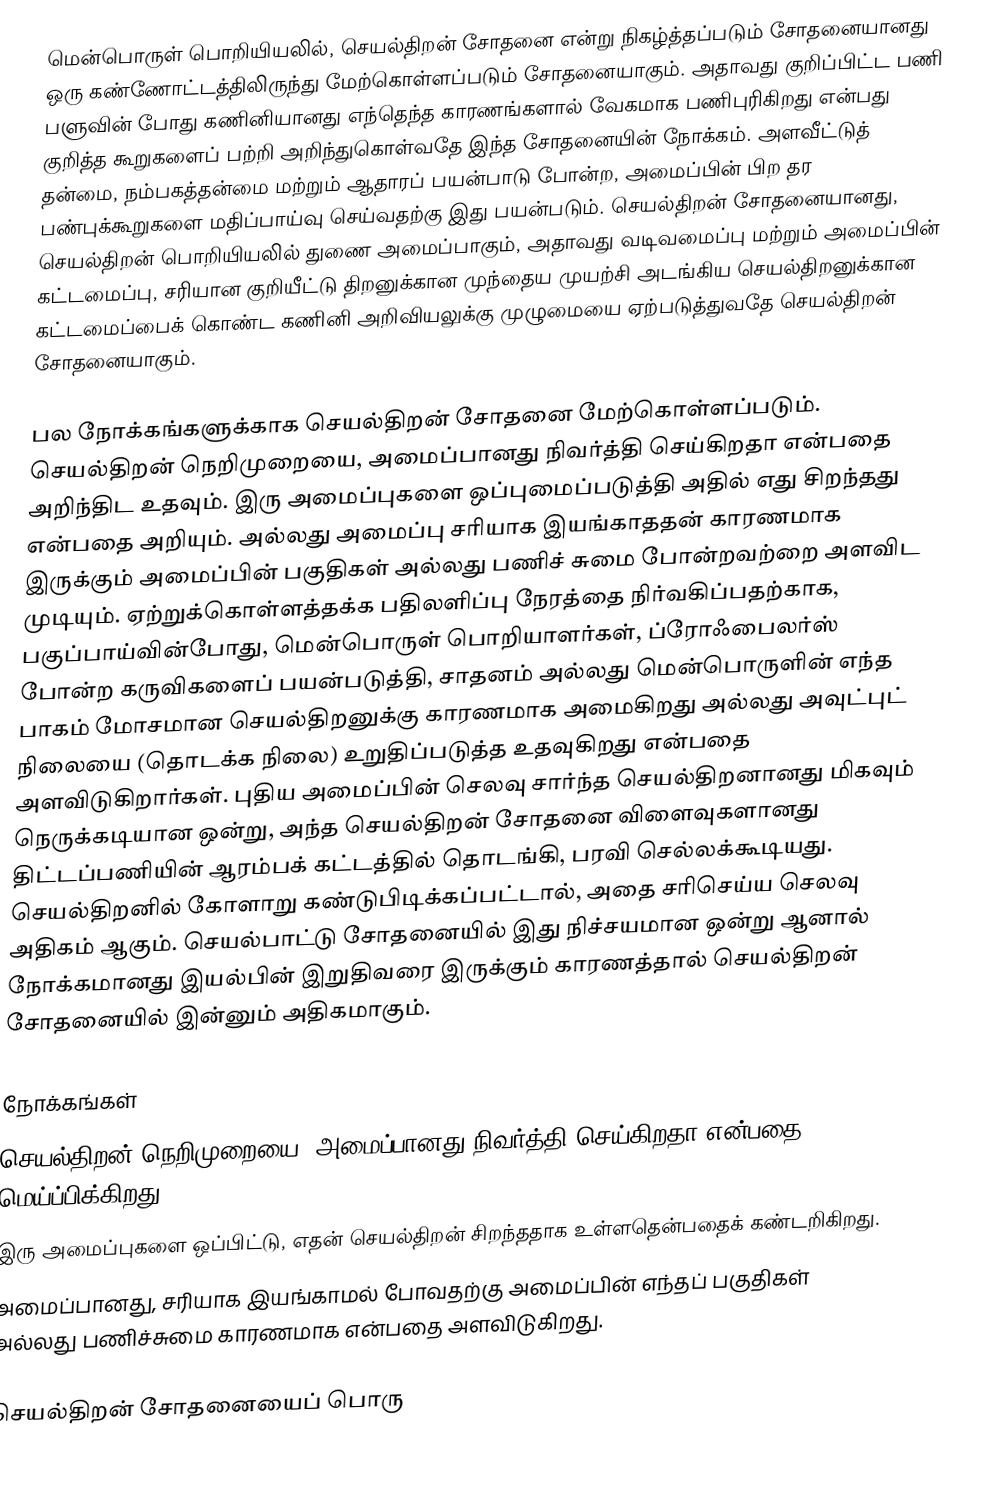
மென்பொருள் பொறியியலில், செயல்திறன் சோதனை  என்று நிகழ்த்தப்படும் சோதனையானது ஒரு கண்ணோட்டத்திலிருந்து மேற்கொள்ளப்படும் சோதனையாகும். அதாவது குறிப்பிட்ட பணி பளுவின் போது கணினியானது எந்தெந்த காரணங்களால் வேகமாக பணிபுரிகிறது என்பது குறித்த கூறுகளைப் பற்றி அறிந்துகொள்வதே இந்த சோதனையின் நோக்கம். அளவீட்டுத் தன்மை, நம்பகத்தன்மை மற்றும் ஆதாரப் பயன்பாடு போன்ற, அமைப்பின் பிற தர பண்புக்கூறுகளை மதிப்பாய்வு செய்வதற்கு இது பயன்படும். செயல்திறன் சோதனையானது, செயல்திறன் பொறியியலில் துணை அமைப்பாகும், அதாவது வடிவமைப்பு மற்றும் அமைப்பின் கட்டமைப்பு, சரியான குறியீட்டு திறனுக்கான முந்தைய முயற்சி அடங்கிய செயல்திறனுக்கான கட்டமைப்பைக் கொண்ட கணினி அறிவியலுக்கு முழுமையை ஏற்படுத்துவதே செயல்திறன் சோதனையாகும்.

பல நோக்கங்களுக்காக செயல்திறன் சோதனை மேற்கொள்ளப்படும். செயல்திறன் நெறிமுறையை, அமைப்பானது நிவர்த்தி செய்கிறதா என்பதை அறிந்திட உதவும். இரு அமைப்புகளை ஒப்புமைப்படுத்தி அதில் எது சிறந்தது என்பதை அறியும். அல்லது அமைப்பு சரியாக இயங்காததன் காரணமாக இருக்கும் அமைப்பின் பகுதிகள் அல்லது பணிச் சுமை போன்றவற்றை அளவிட முடியும். ஏற்றுக்கொள்ளத்தக்க பதிலளிப்பு நேரத்தை நிர்வகிப்பதற்காக, பகுப்பாய்வின்போது, மென்பொருள் பொறியாளர்கள், ப்ரோஃபைலர்ஸ் போன்ற கருவிகளைப் பயன்படுத்தி, சாதனம் அல்லது மென்பொருளின் எந்த பாகம் மோசமான செயல்திறனுக்கு காரணமாக அமைகிறது அல்லது அவுட்புட் நிலையை (தொடக்க நிலை) உறுதிப்படுத்த உதவுகிறது என்பதை அளவிடுகிறார்கள். புதிய அமைப்பின் செலவு சார்ந்த செயல்திறனானது மிகவும் நெருக்கடியான ஒன்று, அந்த செயல்திறன் சோதனை விளைவுகளானது திட்டப்பணியின் ஆரம்பக் கட்டத்தில் தொடங்கி, பரவி செல்லக்கூடியது. செயல்திறனில் கோளாறு கண்டுபிடிக்கப்பட்டால், அதை சரிசெய்ய செலவு அதிகம் ஆகும். செயல்பாட்டு சோதனையில் இது நிச்சயமான ஒன்று ஆனால் நோக்கமானது இயல்பின் இறுதிவரை இருக்கும் காரணத்தால் செயல்திறன் சோதனையில் இன்னும் அதிகமாகும்.

நோக்கங்கள்
 செயல்திறன் நெறிமுறையை, அமைப்பானது நிவர்த்தி செய்கிறதா என்பதை மெய்ப்பிக்கிறது.
 இரு அமைப்புகளை ஒப்பிட்டு, எதன் செயல்திறன் சிறந்ததாக உள்ளதென்பதைக் கண்டறிகிறது.
 அமைப்பானது, சரியாக இயங்காமல் போவதற்கு அமைப்பின் எந்தப் பகுதிகள் அல்லது பணிச்சுமை காரணமாக என்பதை அளவிடுகிறது.

செயல்திறன் சோதனையைப் பொரு